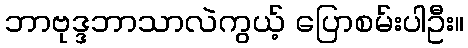
ဘာဗုဒ္ဒဘာသာလဲကွယ့် ပြောစမ်းပါဦး။